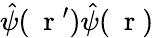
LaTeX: \hat{\psi}(\mathrm{~\mathbf~r~}^{\prime})\hat{\psi}(\mathrm{~\mathbf~r~})